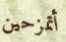
أتمزحين